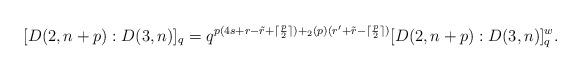
LaTeX: \begin{align*}[D(2,n+p): D(3,n)]_q=q^{p(4s+r-\tilde r+\lceil \frac{p}{2}\rceil)+_2(p)(r'+\tilde r-\lceil \frac{p}{2}\rceil)} [D(2,n+p): D(3,n)]_q^w.\end{align*}